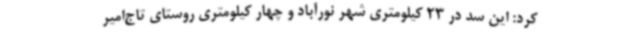
کرد: این سد در 23 کیلومتری شهر نورآباد و چهار کیلومتری روستای تاج‌امیر